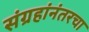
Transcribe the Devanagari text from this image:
संग्रहांनंतरचा